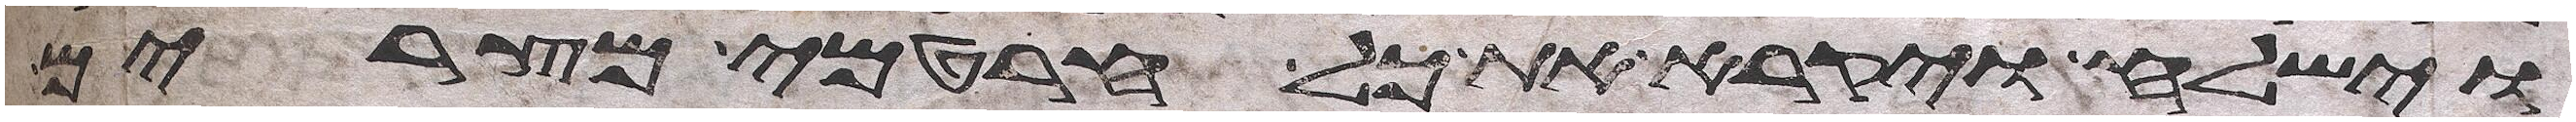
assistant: וישלח ויקרא את כל חרטמי מצרים